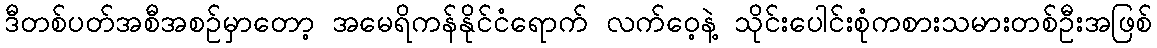
ဒီတစ်ပတ်အစီအစဉ်မှာတော့ အမေရိကန်နိုင်ငံရောက် လက်ဝေ့နဲ့ သိုင်းပေါင်းစုံကစားသမားတစ်ဦးအဖြစ်